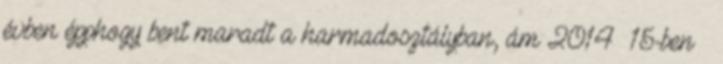
évben épphogy bent maradt a harmadosztályban, ám 2014 15-ben –